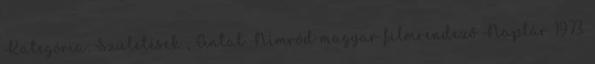
Kategória: Születések , Antal Nimród magyar filmrendező Naptár 1973.